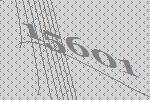
15601